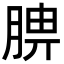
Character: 腗